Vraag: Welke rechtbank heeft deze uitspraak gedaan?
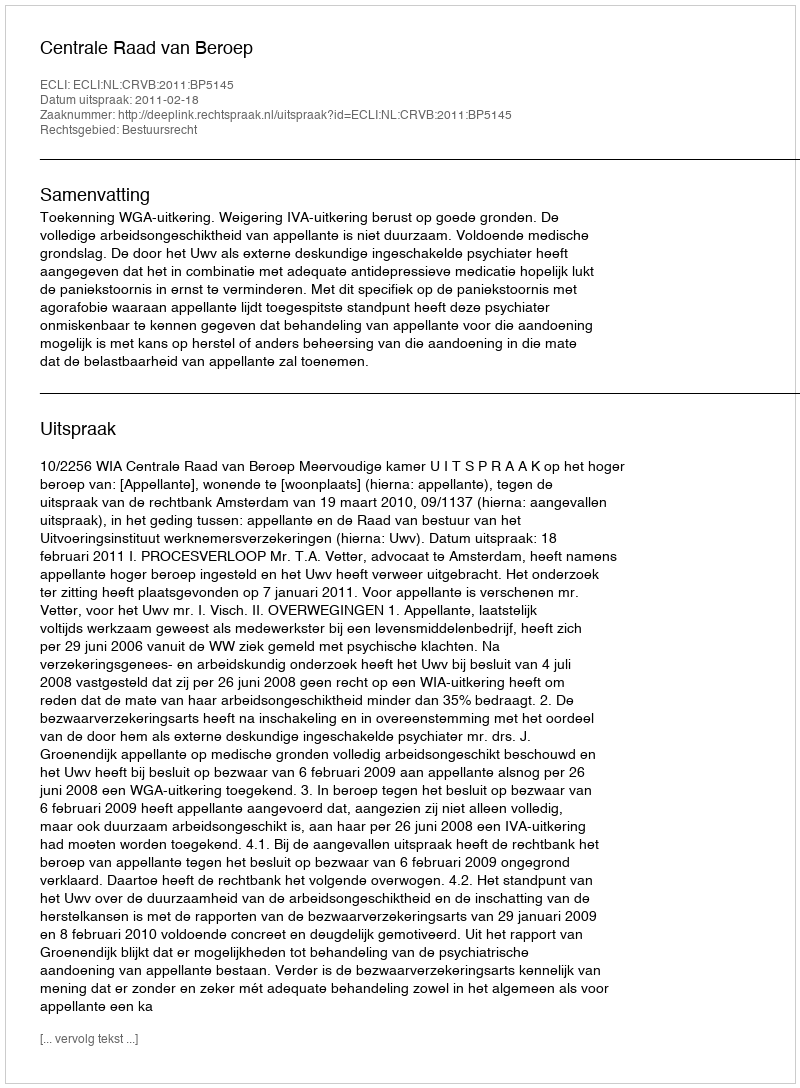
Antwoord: Centrale Raad van Beroep